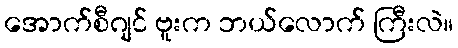
အောက်စီဂျင် ဗူးက ဘယ်လောက် ကြီးလဲ။